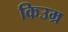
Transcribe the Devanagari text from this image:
किउम्र